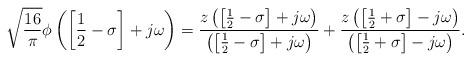
LaTeX: \begin{align*}\sqrt{\frac{16}{\pi}}\phi\left(\left[\frac{1}{2}-\sigma\right] + j\omega \right) = \frac{z\left(\left[\frac{1}{2}-\sigma\right] + j\omega \right)}{\left(\left[\frac{1}{2}-\sigma \right] + j\omega \right)} + \frac{z\left(\left[\frac{1}{2}+\sigma\right] - j\omega\right)}{\left(\left[\frac{1}{2}+\sigma \right] - j\omega \right)}.\end{align*}